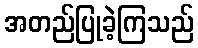
အတည်ပြုခဲ့ကြသည်